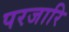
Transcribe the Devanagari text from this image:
परजारि